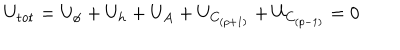
LaTeX: U _ { \mathrm { t o t } } = U _ { \phi } + U _ { h } + U _ { A } + U _ { C _ { ( p + 1 ) } } + U _ { C _ { ( p - 1 ) } } = 0